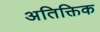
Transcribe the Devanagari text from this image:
अतिक्तिक